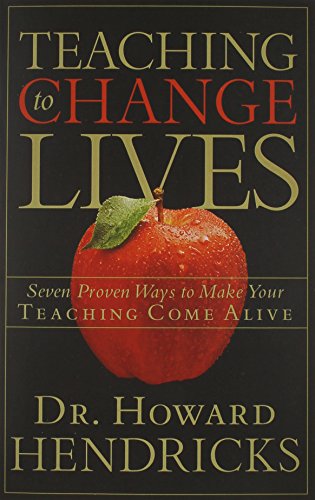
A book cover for Teaching to Change Lives: Seven Proven Ways to Make Your Teaching Come Alive; Howard Hendricks; Christian Books & Bibles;